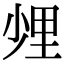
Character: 𨤢